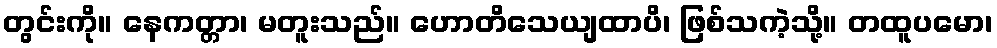
တွင်းကို။ နေကတ္တာ၊ မတူးသည်။ ဟောတိသေယျထာပိ၊ ဖြစ်သကဲ့သို့။ တထူပမော၊